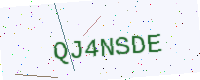
Text: QJ4NSDE